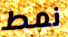
نمط